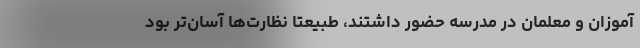
‌آموزان و معلمان در مدرسه حضور داشتند، طبیعتاً نظارت‌ها آسان‌تر بود